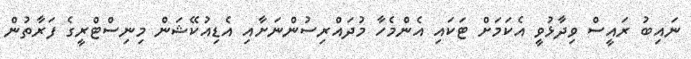
ނައިބު ރައީސް ވިދާޅުވީ އެކަމަށް ޓަކައި އެންމެހާ މުދައްރިސުންނަށާއި އެޑިއުކޭޝަން މިނިސްޓްރީގެ ފަރާތުން